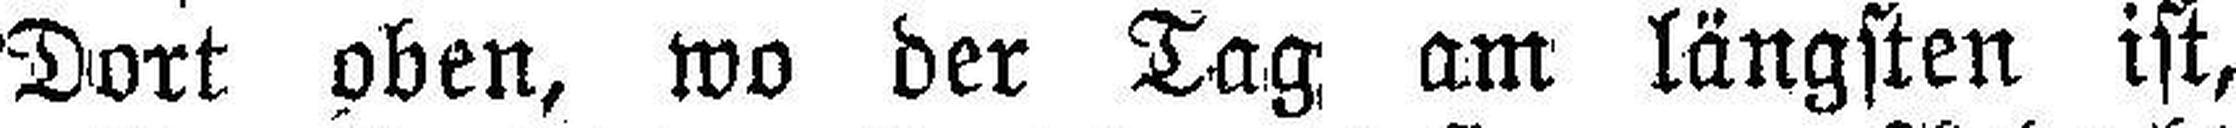
Dort oben, wo der Tag am längsten ist,